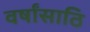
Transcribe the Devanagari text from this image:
वर्षांसाठि